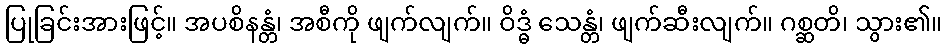
ပြုခြင်းအားဖြင့်။ အပစိနန္တံ၊ အစီကို ဖျက်လျက်။ ဝိဒ္ဓံ သေန္တံ၊ ဖျက်ဆီးလျက်။ ဂစ္ဆတိ၊ သွား၏။